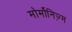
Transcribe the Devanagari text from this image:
मोर्मोनिज्‍़म